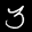
Label: 3